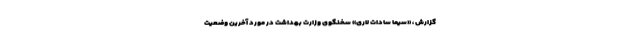
گزارش ، «سیما سادات لاری» سخنگوی وزارت بهداشت در مورد آخرین وضعیت